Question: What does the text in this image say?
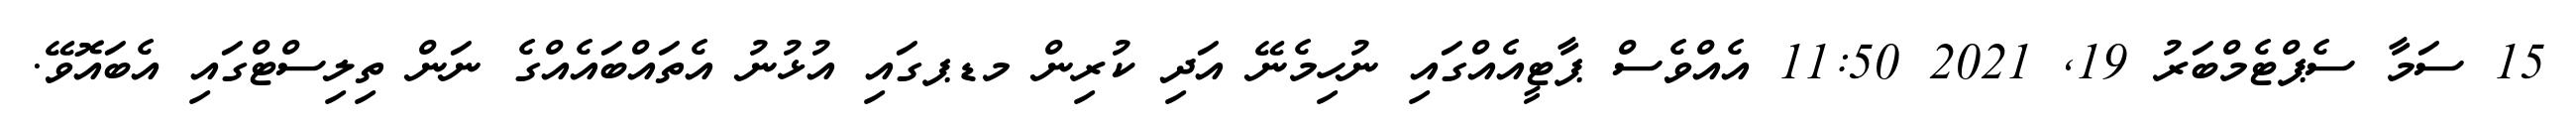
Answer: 15 ސަމާ ސެޕްޓެމްބަރު 19, 2021 11:50 އެއްވެސް ޕާޓީއެއްގައި ނުހިމެނޭ އަދި ކުރިން މޑޕގައި އުޅުނު އެތައްބައެއްގެ ނަން ތިލިސްޓްގައި އެބައޮވޭ.